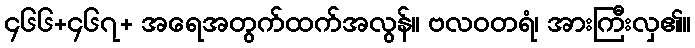
၄၆၆+၄၆၇+ အရေအတွက်ထက်အလွန်။ ဗလဝတရံ၊ အားကြီးလှ၏။